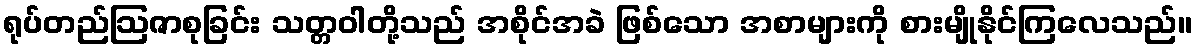
ရုပ်တည်ဩဇာစုခြင်း သတ္တဝါတို့သည် အစိုင်အခဲ ဖြစ်သော အစာများကို စားမျိုနိုင်ကြလေသည်။